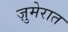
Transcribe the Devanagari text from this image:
ज़ुमेरात